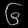
Digit: ၆